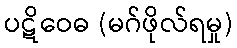
ပဋိဝေဓ (မဂ်ဖိုလ်ရမှု)